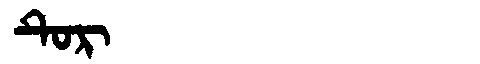
Manchu: ᡨᡠᡵ
Romanization: TUR